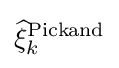
{\widehat {\xi }}_{k}^{\text{Pickand}}